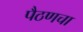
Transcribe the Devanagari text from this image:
पैठणचा